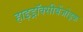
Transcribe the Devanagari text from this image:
हाइड्रॉक्सीबेंजोइक